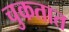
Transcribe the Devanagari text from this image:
चुकतात